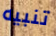
تنبيه